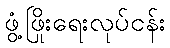
ဖွံ့ဖြိုးရေးလုပ်ငန်း